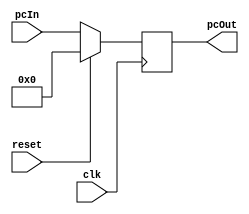
module pc(
    input wire clk,
    input wire reset,
    input wire [31:0] pcIn,
    output reg [31:0] pcOut
);
    always @(posedge clk) begin
        if (reset) begin
            pcOut = 31'd0;
        end
        else begin
            pcOut = pcIn;
        end
    end
endmodule